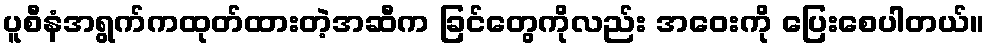
ပူစီနံအရွက်ကထုတ်ထားတဲ့အဆီက ခြင်တွေကိုလည်း အဝေးကို ပြေးစေပါတယ်။